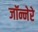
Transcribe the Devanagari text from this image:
जॉन्नेरे